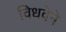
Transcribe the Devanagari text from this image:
विधवेने